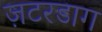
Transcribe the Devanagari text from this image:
ज़टरडाग